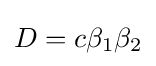
D=c\beta _{1}\beta _{2}